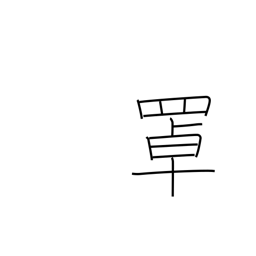
Meaning: fish basket kept in water